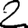
Digit: 2